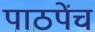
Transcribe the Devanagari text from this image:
पाठपेंच